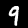
Label: 9